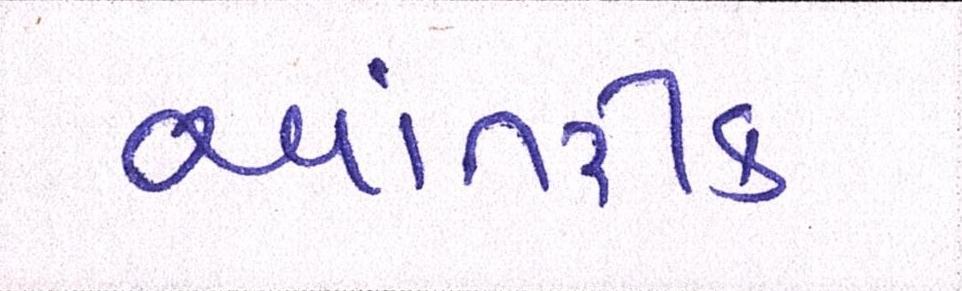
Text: આંતરીક